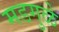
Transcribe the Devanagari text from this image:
मडगुळे